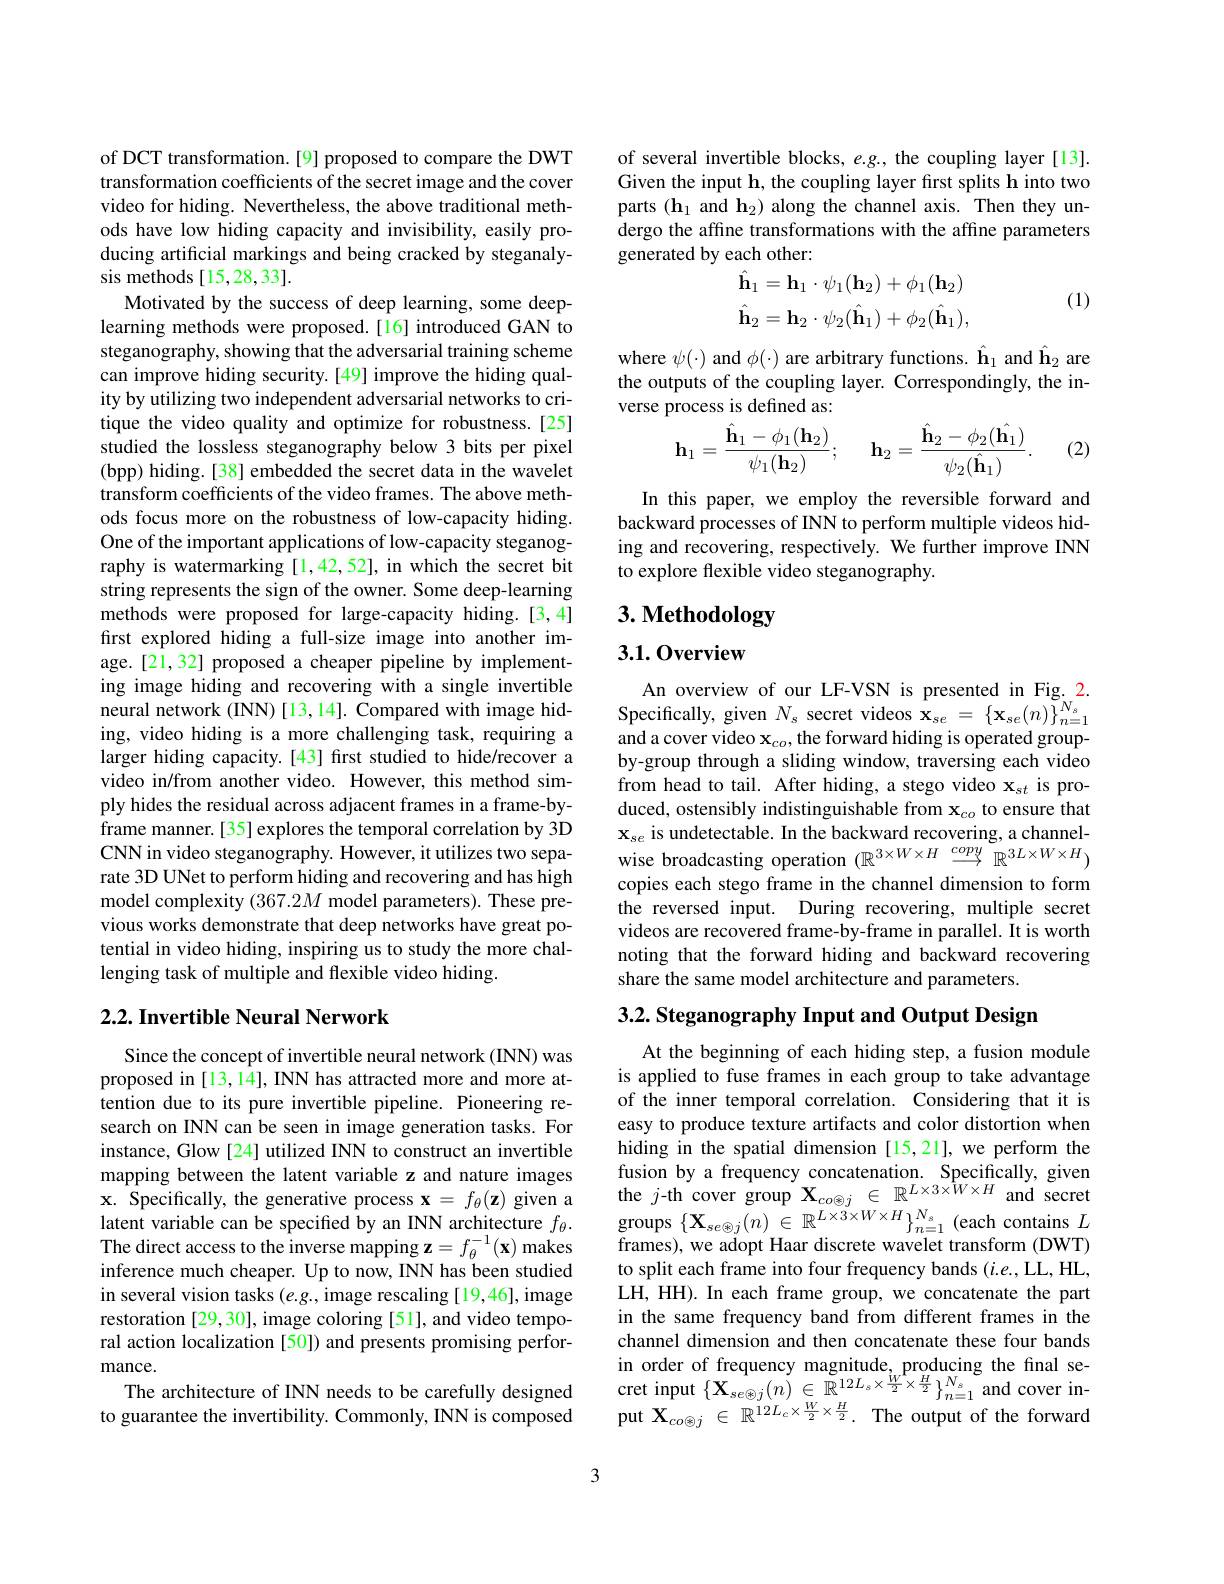
of DCT transformation.[9] proposed to compare the DWT transformation coefficients of the secret image and the cover video for hiding. Nevertheless, the above traditional methods have low hiding capacity and invisibility, easily producing artificial markings and being cracked by steganalysis methods[15,28,33].
Motivated by the success of deep learning, some deeplearning methods were proposed.[16] introduced GAN to steganography, showing that the adversarial training scheme can improve hiding security.[49] improve the hiding quality by utilizing two independent adversarial networks to critique the video quality and optimize for robustness.[25] studied the lossless steganography below 3 bits per pixel (bpp) hiding. [38] embedded the secret data in the wavelet transform coefficients of the video frames. The above methods focus more on the robustness of low-capacity hiding. One of the important applications of low-capacity steganography is watermarking[1,42,52], in which the secret bit string represents the sign of the owner. Some deep-learning methods were proposed for large-capacity hiding.[3,4] first explored hiding a full-size image into another image.[21,32] proposed a cheaper pipeline by implementing image hiding and recovering with a single invertible neural network (INN) [13,14]. Compared with image hiding, video hiding is a more challenging task, requiring a larger hiding capacity.[43] first studied to hide/recover a video in/from another video. However, this method simply hides the residual across adjacent frames in a frame-byframe manner.[35] explores the temporal correlation by 3D CNN in video steganography. However, it utilizes two separate 3D UNet to perform hiding and recovering and has high model complexity $(367.2M$ model parameters). These previous works demonstrate that deep networks have great potential in video hiding, inspiring us to study the more challenging task of multiple and flexible video hiding.

### $2. 2. \textbf{Invertible Neural Nerwork}$

Since the concept of invertible neural network (INN) was proposed in [13,14], INN has attracted more and more attention due to its pure invertible pipeline. Pioneering research on INN can be seen in image generation tasks. For instance, Glow [24] utilized INN to construct an invertible mapping between the latent variable z and nature images $\mathbf{x}.$ Specifically, the generative process $\mathbf{x}=f_\theta(\mathbf{z})$ given a latent variable can be specified by an INN architecture $f_\theta.$ The direct access to the inverse mapping $\mathbf{z}=f_\theta^{-1}(\mathbf{x})$ makes inference much cheaper. Up to now, INN has been studied in several vision tasks $(e.g.$,image rescaling [19,46], image restoration [29,30], image coloring [51], and video temporal action localization [50]) and presents promising performance.
The architecture of INN needs to be carefully designed to guarantee the invertibility. Commonly, INN is composed

of several invertible blocks, e.g., the coupling layer [13]. Given the input h, the coupling layer fırst splits h into two parts (h$_1$ and h$_2)$ along the channel axis. Then they undergo the affine transformations with the affine parameters generated by each other:
$$\begin{aligned}&\text{cacn ounci.}\\&\hat{\mathbf{h}}_{1}=\mathbf{h}_{1}\cdot\psi_{1}(\mathbf{h}_{2})+\phi_{1}(\mathbf{h}_{2})\\&\hat{\mathbf{h}}_{2}=\mathbf{h}_{2}\cdot\psi_{2}(\hat{\mathbf{h}}_{1})+\phi_{2}(\hat{\mathbf{h}}_{1}),\end{aligned}$$
(1)

where $\psi(\cdot)$ and $\phi(\cdot)$ are arbitrary functions. $\hat{\mathbf{h}}_1$ and $\hat{\mathbf{h}}_2$ are the outputs of the coupling layer. Correspondingly, the inverse process is defined as:

(2)
$$\mathbf{h}_{1}=\frac{\hat{\mathbf{h}}_{1}-\phi_{1}(\mathbf{h}_{2})}{\psi_{1}(\mathbf{h}_{2})};\quad\mathbf{h}_{2}=\frac{\hat{\mathbf{h}}_{2}-\phi_{2}(\hat{\mathbf{h}_{1}})}{\psi_{2}(\hat{\mathbf{h}}_{1})}.$$
In this paper, we employ the reversible forward and backward processes of INN to perform multiple videos hiding and recovering, respectively. We further improve INN to explore flexible video steganography.

# 3. Methodology

## 3.1.0verview

An overview of our LF-VSN is presented in Fig.2. Specifically, given $N_s$ secret videos $\mathbf{x}_{se}=\{\mathbf{x}_{se}(n)\}_{n=1}^{N_s}$ and a cover video $\mathbf{x}_{co}$,the forward hiding is operated groupby-group through a sliding window, traversing each video from head to tail. After hiding, a stego video $\mathbf{x}_{st}$ is produced, ostensibly indistinguishable from $\mathbf{x}_{co}$ to ensure that $\mathbf{x}_{se}$ is undetectable. In the backward recovering, a channelwise broadcasting operation $(\mathbb{R}^{3\times W\times H}\xrightarrow{copy}\mathbb{R}^{3L\times W\times H})$ copies each stego frame in the channel dimension to form the reversed input. During recovering, multiple secret videos are recovered frame-by-frame in parallel. It is worth noting that the forward hiding and backward recovering share the same model architecture and parameters

3.2. Steganography Input and Output Design

At the beginning of each hiding step, a fusion module is applied to fuse frames in each group to take advantage of the inner temporal correlation. Considering that it is easy to produce texture artifacts and color distortion when hiding in the spatial dimension [15,21],we perform the fusion by a frequency concatenation. Specifically, given the $j$-th cover group $\mathbf{X}_co\otimes j\in\mathbb{R}^{L\times3\times W\times H}$and secret ${\mathrm{groups~}}\{ \mathbf{X} _{se\oplus j}( n)$ $\in$ $\mathbb{R} ^{L\times \dot{3} \times W\times H}\} _{n= 1}^{N_{s}}$ (each contains $L$ frames), we adopt Haar discrete wavelet transform (DWT) to split each frame into four frequency bands (i.e., LL, HL, LH, HH). In each frame group, we concatenate the part in the same frequency band from different frames in the channel dimension and then concatenate these four bands $\begin{array}{l}\text{in order of frequency magnitude,producing the final se-}\\\text{cret input }\{\mathbf{X}_{se\oplus j}(n)\in\mathbb{R}^{12L_s\times\frac W2\times\frac H2}\}_{n=1}^{N_s}\text{and cover in-}\\\text{put }\mathbf{X}_{co\otimes j}\in\mathbb{R}^{12L_c\times\frac W2\times\frac H2}.&\text{The output of the forward}\end{array}$

3